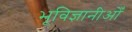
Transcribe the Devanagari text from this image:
भूविज्ञानीओँ